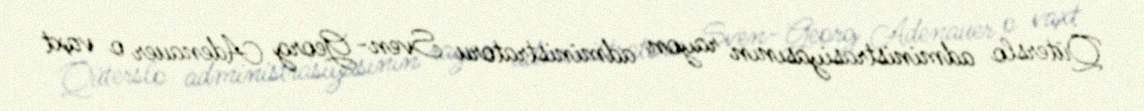
Qüterslo administrasiyasının rayon administratoru Sven-Georg Adenauer o vaxt